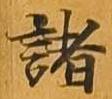
諸